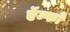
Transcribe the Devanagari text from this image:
ऍम्फो